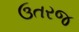
ઉતરજ